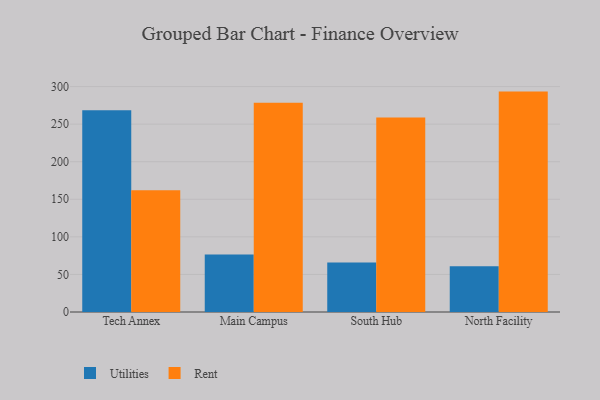
{"axis": {"x": "Campus", "y": "Page Views"}, "legend": ["Rent", "Utilities"], "data": [{"x": "Tech Annex", "y": 268.4, "type": "Utilities"}, {"x": "Tech Annex", "y": 162.0, "type": "Rent"}, {"x": "Main Campus", "y": 76.6, "type": "Utilities"}, {"x": "Main Campus", "y": 278.6, "type": "Rent"}, {"x": "South Hub", "y": 65.9, "type": "Utilities"}, {"x": "South Hub", "y": 258.7, "type": "Rent"}, {"x": "North Facility", "y": 61.0, "type": "Utilities"}, {"x": "North Facility", "y": 293.3, "type": "Rent"}]}